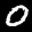
Label: 0